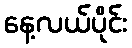
နေ့လယ်ပိုင်း